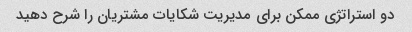
دو استراتژی ممکن برای مدیریت شکایات مشتریان را شرح دهید